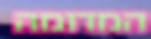
המדומה